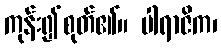
ကုန်း၍စုတ်၏။ ပါရာဇိက၊